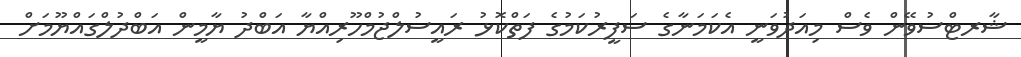
ޝާރޓްސުވޭން ވެސް މިއަދުވަނީ އެކަމަނާގެ ސަފީރުކަމުގެ ފަތްކޮޅު ރައީސުލްޖުމްހޫރިއްޔާ އަބްދު ޔާމީން އަބްދުލްގައްޔޫމަށް